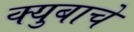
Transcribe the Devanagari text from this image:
क्युबाचे